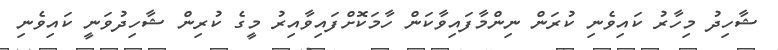
ޝާހިދު މިހާރު ކައިވެނި ކުރަން ނިންމާފައިވާކަން ހާމަކޮށްފައިވާއިރު މީގެ ކުރިން ޝާހިދުވަނީ ކައިވެނި